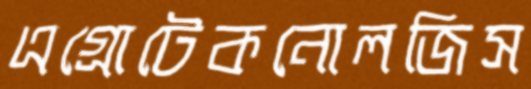
এগ্রোটেকনোলজিস